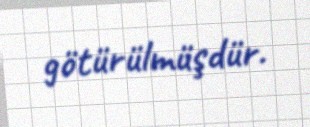
götürülmüşdür.